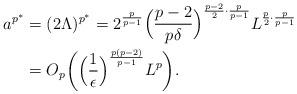
LaTeX: \begin{align*} a^{p^*} &= (2\Lambda)^{p^*} = 2^{\frac{p}{p-1}} \Big(\frac{p-2}{p\delta}\Big)^{\frac{p-2}{2}\cdot\frac{p}{p-1}}L^{\frac{p}{2}\cdot\frac{p}{p-1}}\\ &= O_p\bigg(\Big(\frac{1}{\epsilon}\Big)^{\frac{p(p-2)}{p-1}}L^p\bigg).\end{align*}